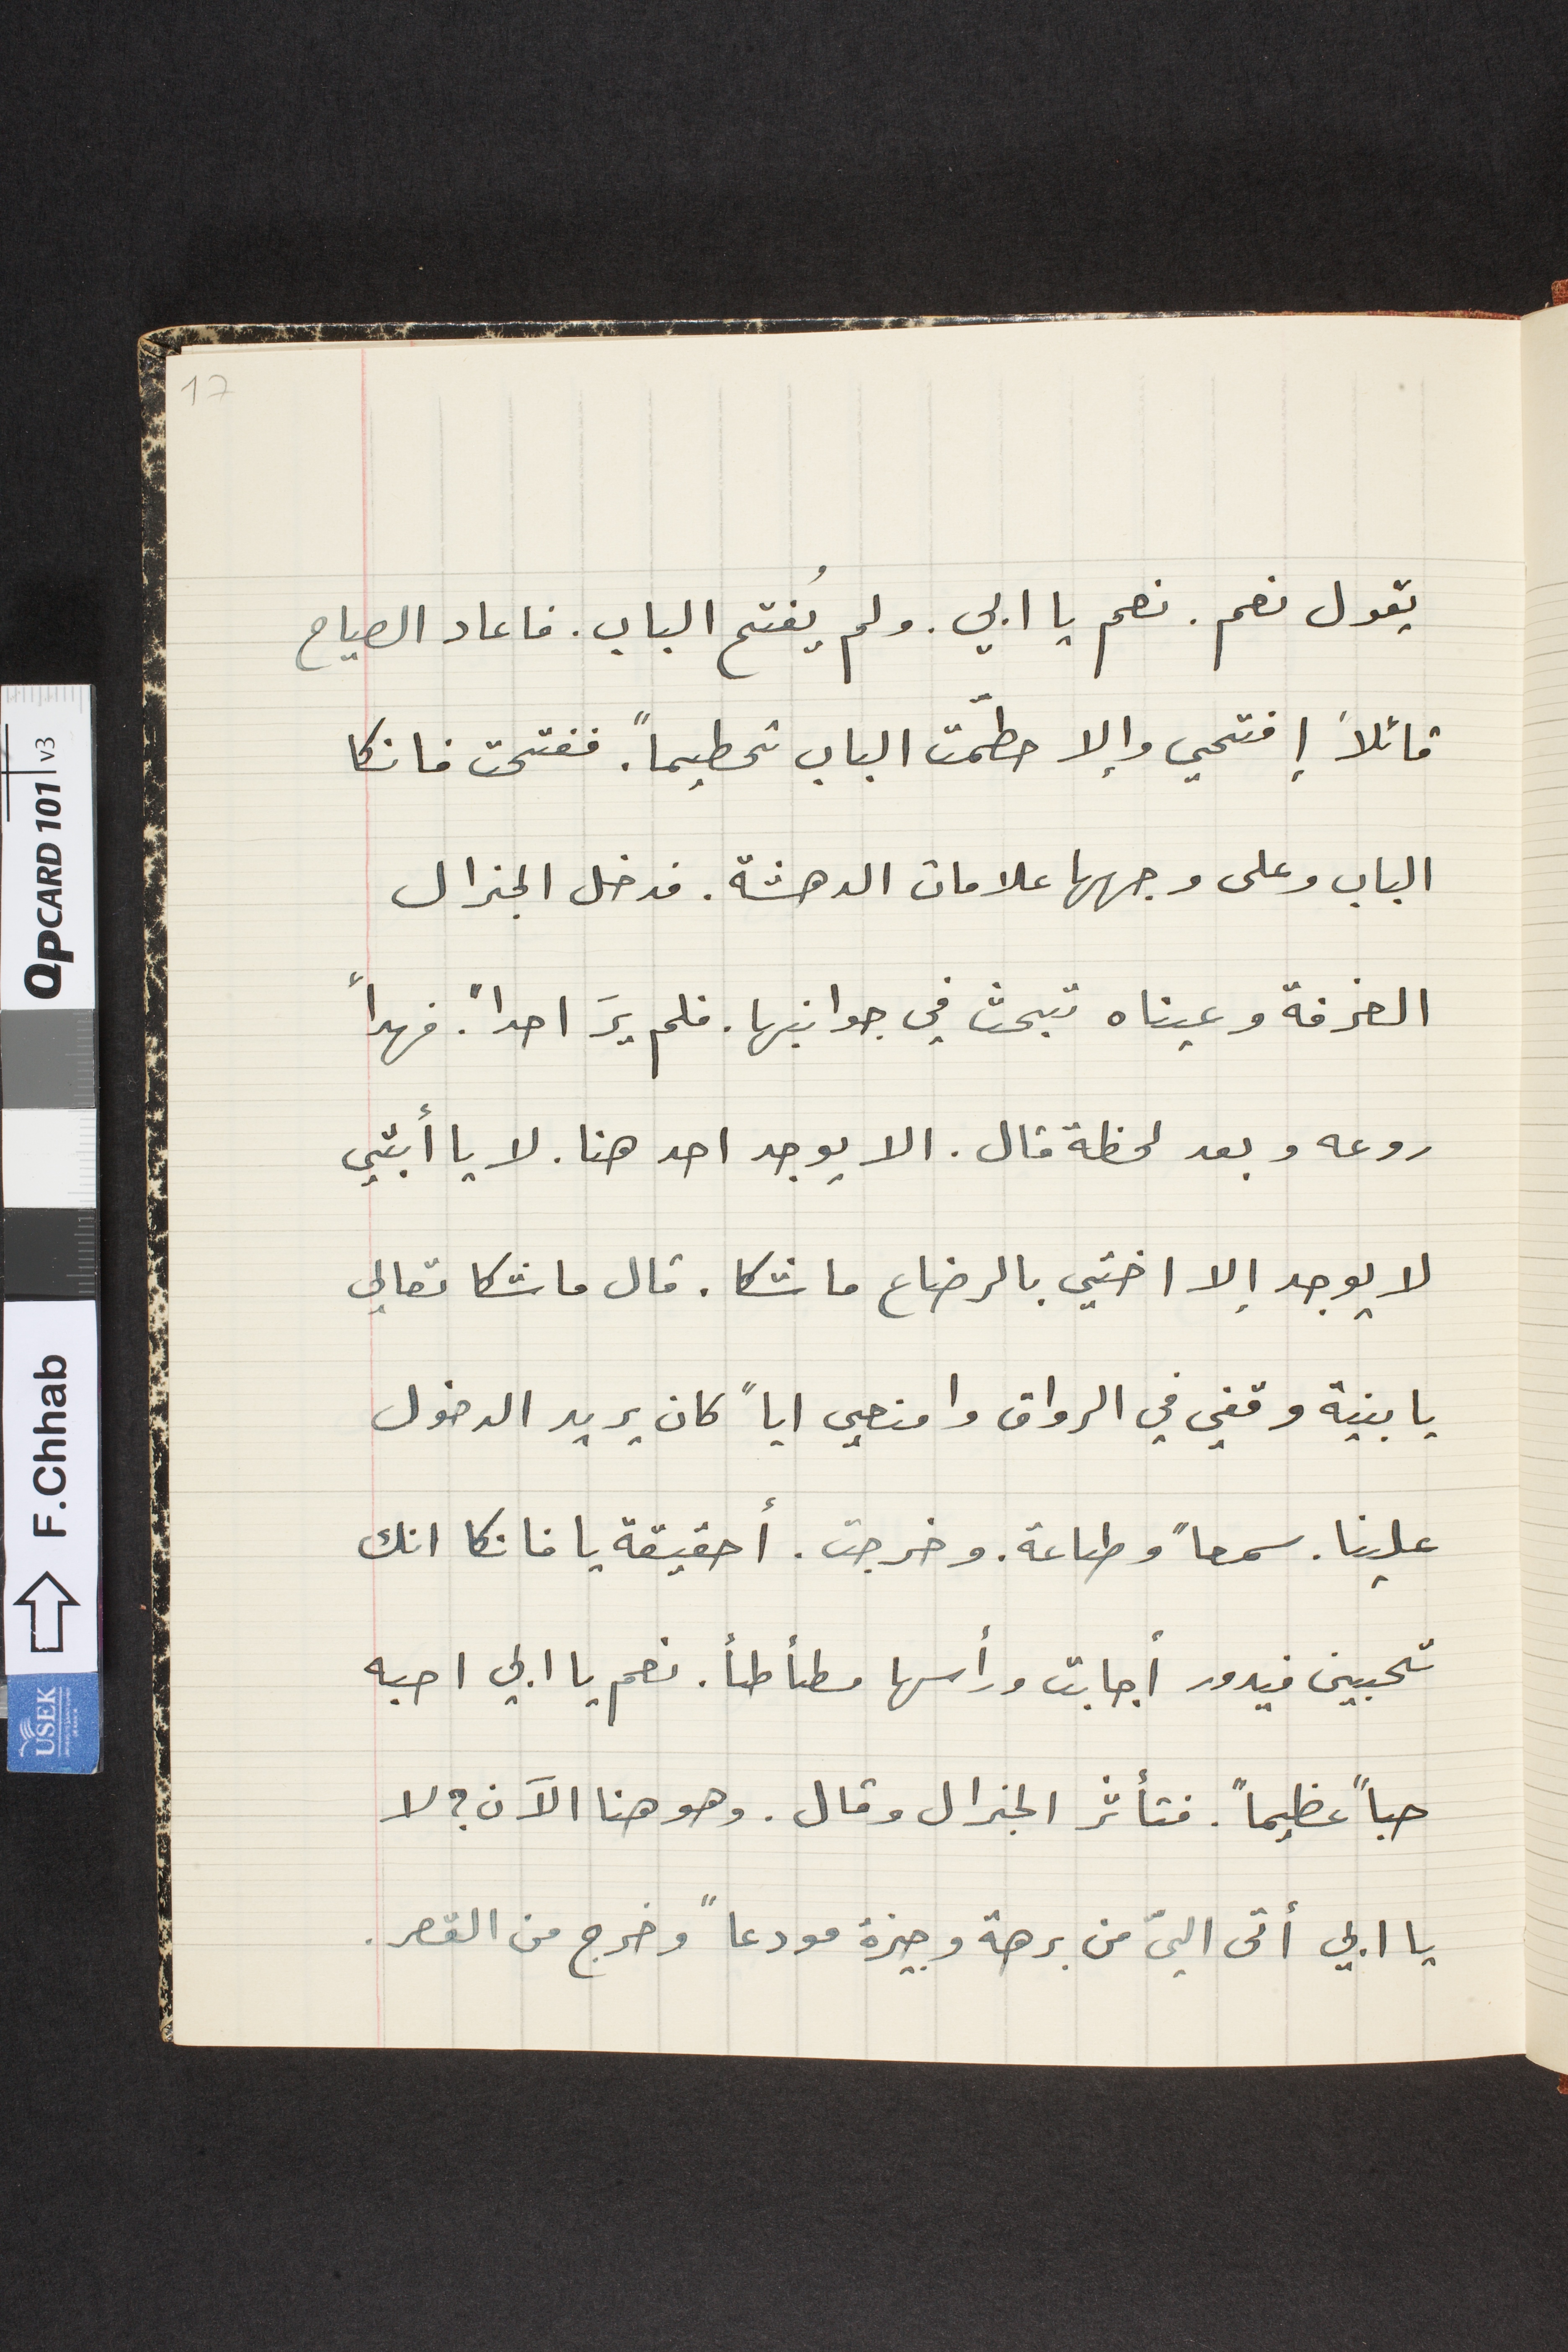
يقول نعم. نعم يا ابي. ولم يُفتح الباب. فاعاد الصياح
قائلاً إفتحي وإلا حطمت الباب تحطيماً. ففتحت فانكا
الباب وعلى وجهها علامات الدهشة. فدخل الجنرال
الغرفة وعيناه تبحث في جوانبها . فلم يرَ احداً فهدأ
روعه وبعد لحظة قال: الا يوجد احد هنا. لا يا أبتي
لا يوجد الا اختي بالرضاع ماشكا. قال ماشكا تعالي
يا بنية وقفي في الرواق وامنعي اياً كان يريد الدخول
علينا. سمعاً وطاعة، وخرجت. أحقيقة يا فانكا انك
تحبين فيدور أجابت ورأسها مطأطأ. نعم يا ابي احبه
حباً عظيماً. فتأثر الجنرال وقال. وهو هنا الآن؟ لا
يا ابي أتى اليّ من برهة وجيزة مودعاً وخرج من القصر.